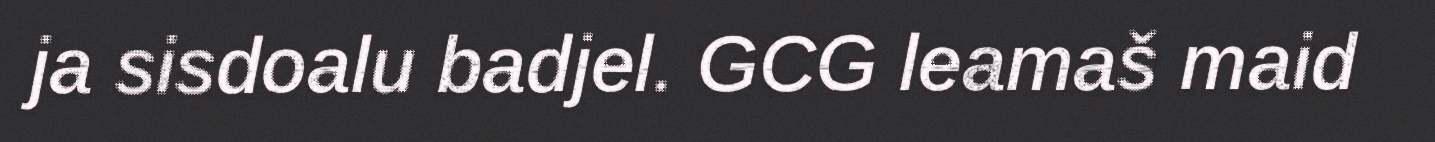
ja sisdoalu badjel. GCG leamaš maid